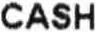
CASH